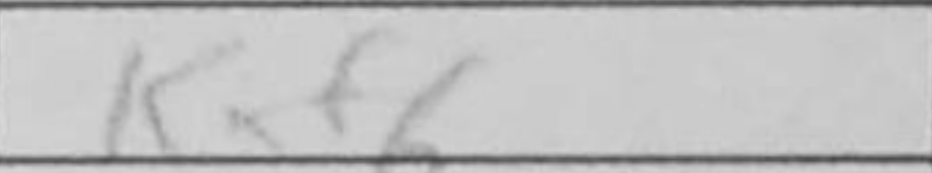
Transcription: Kxf6